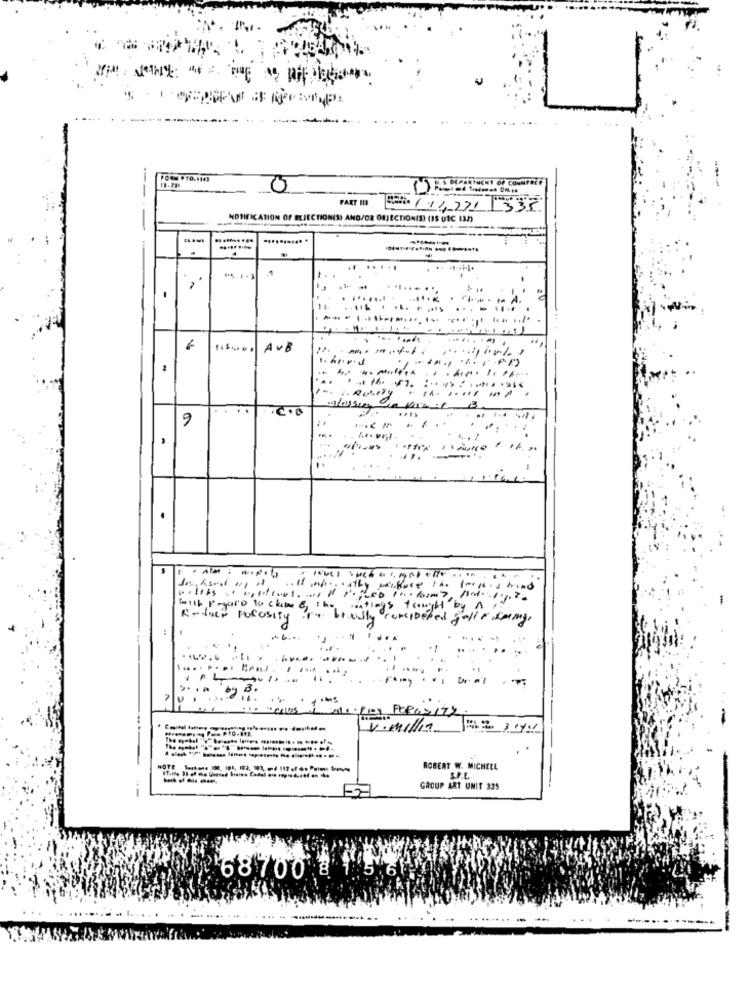
---
FART HID
NOTIFICATION OF BUJECHON(S) AND/OR OBJECTION(S) (IS UIC I32)
.......... .
4
1
. ...
..
6
AvB
1
.C.B
9
1
and
ys
APlate PoCosity
eped falls sang.
..... ..
....
V.mil/in
HOTE
ROBERT W. MICHELL
SPL
--
GROUP ART UNIT 335
68700 8 1.5 61